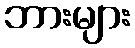
ဘားများ